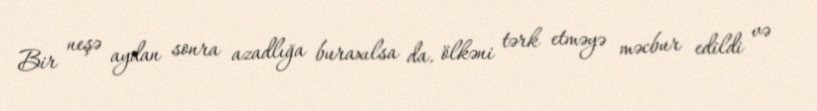
Bir neşə aydan sonra azadlığa buraxılsa da, ölkəni tərk etməyə məcbur edildi və